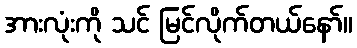
အားလုံးကို သင် မြင်လိုက်တယ်နော်။